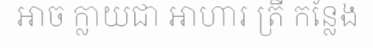
អាច ក្លាយជា អាហារ ត្រី កន្លែង